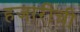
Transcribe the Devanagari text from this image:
हजारीची